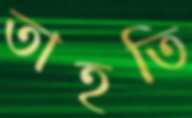
তাহতি